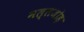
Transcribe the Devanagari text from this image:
मल्लजोड़